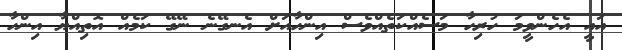
އައީ އެހެންވީމަ ހުރިހާ މަސެއްކަތެއްވެސް އިންހާއަށް އެނގޭނެ ނޭގޭ ކަމެއް އޮތިއްޔާ އިންހާ